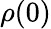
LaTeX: \rho(0)